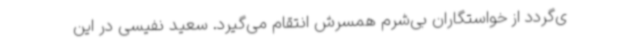
ی‌گردد از خواستگاران بی‌شرم همسرش انتقام می‌گیرد. سعید نفیسی در این